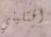
اقتليني